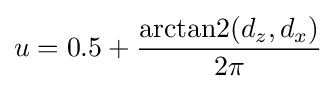
u=0.5+{\frac {\operatorname {arctan2} (d_{z},d_{x})}{2\pi }}